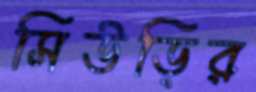
সিউড়ির